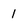
Character: 1